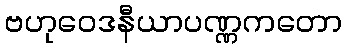
ဗဟုဝေဒနီယာပဏ္ဏကတော